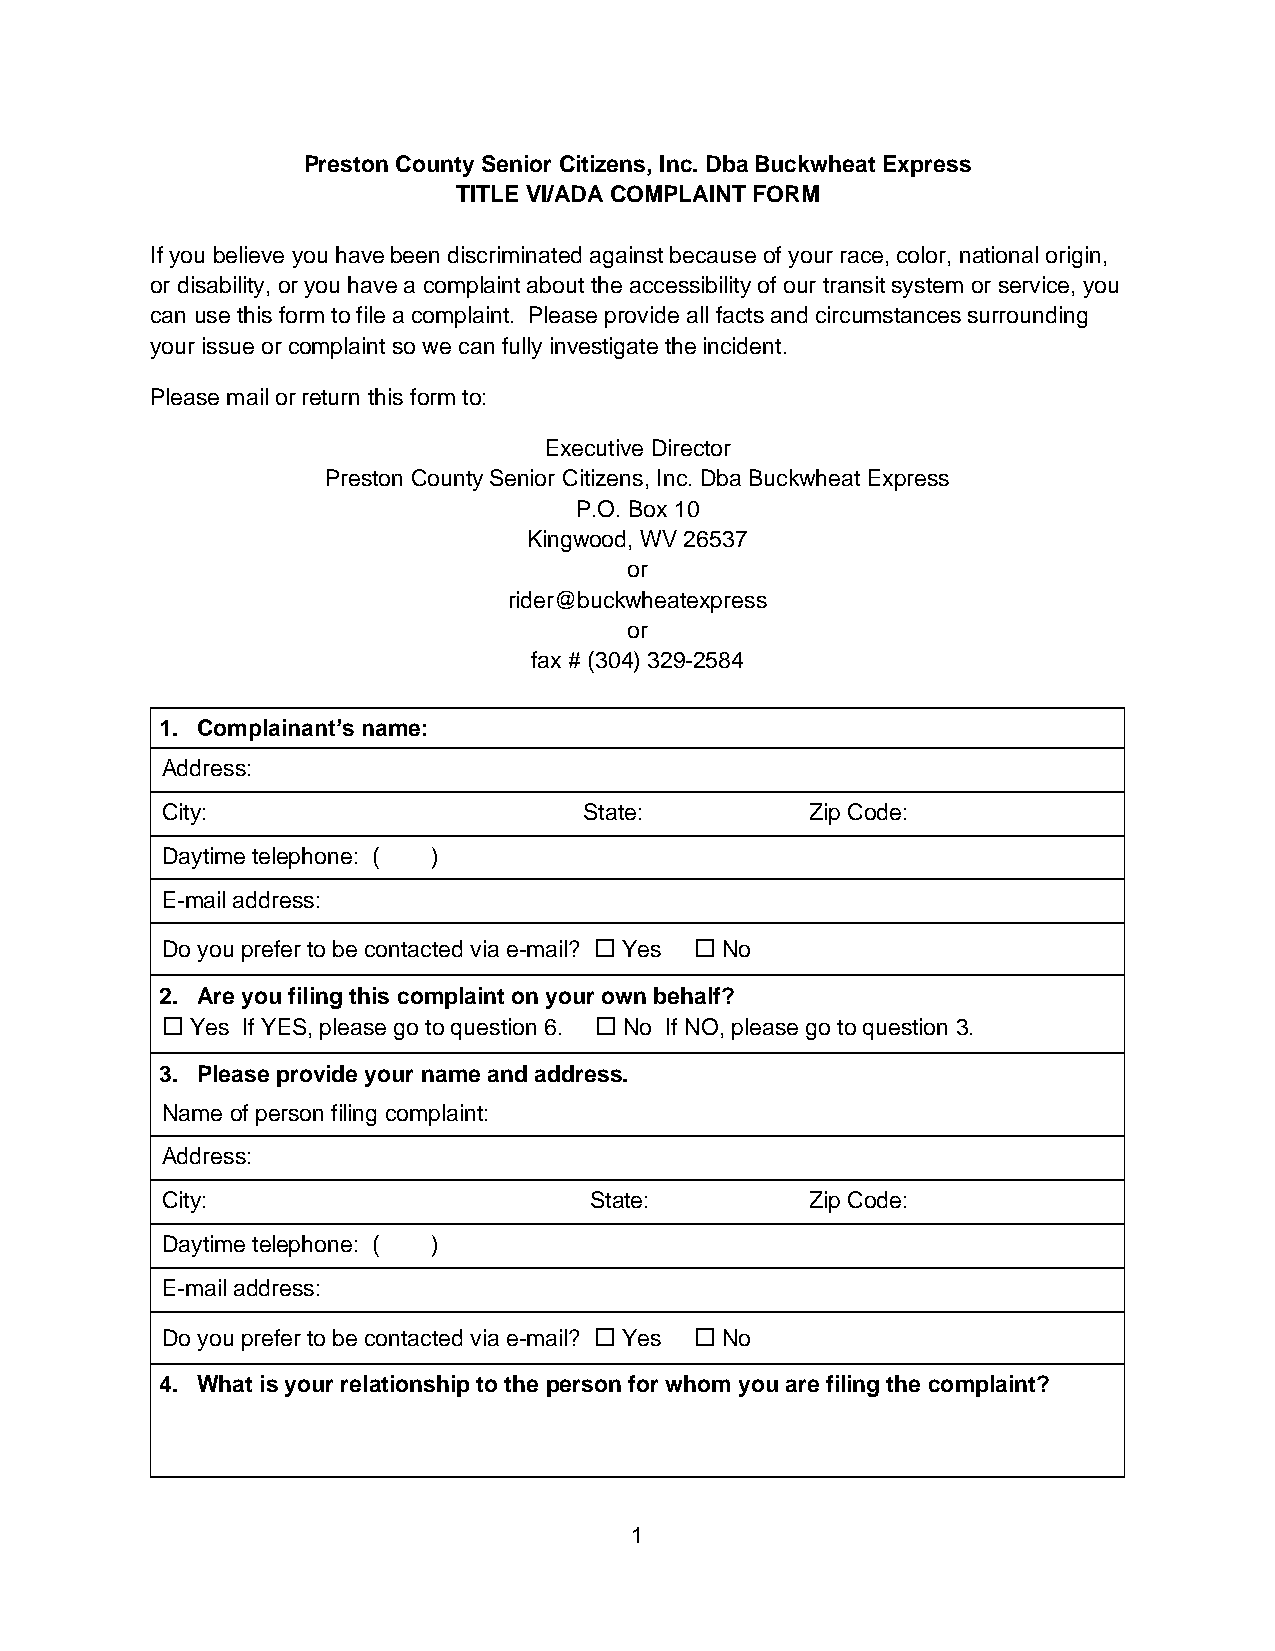
Preston County Senior Citizens, Inc. Dba Buckwheat Express
 TITLE VI/ADA COMPLAINT FORM
 If you believe you have been discriminated against because of your race, color, national origin,
 or disability, or you have a complaint about the accessibility of our transit system or service, you
 can use this form to file a complaint. Please provide all facts and circumstances surrounding
 your issue or complaint so we can fully investigate the incident.
 Please mail or return this form to:
 Executive Director
 Preston County Senior Citizens, Inc. Dba Buckwheat Express
 P.O. Box 10
 Kingwood, WV 26537
 or
 rider@buckwheatexpress
 or
 fax # (304) 329-2584
 1. Complainant’s name:
 Address:
 City:                       State:         Zip Code:
 Daytime telephone: ( )
 E-mail address:
 Do you prefer to be contacted via e-mail? ☐ Yes ☐ No
 2. Are you filing this complaint on your own behalf?
 ☐ Yes If YES, please go to question 6. ☐ No If NO, please go to question 3.
 3. Please provide your name and address.
 Name of person filing complaint:
 Address:
 City:                       State:         Zip Code:
 Daytime telephone: ( )
 E-mail address:
 Do you prefer to be contacted via e-mail? ☐ Yes ☐ No
 4. What is your relationship to the person for whom you are filing the complaint?
 1